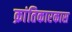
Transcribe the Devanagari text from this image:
क्रांतिकारकास